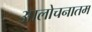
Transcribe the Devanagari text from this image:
आलोचनातम